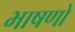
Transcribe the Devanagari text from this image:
भाषणो